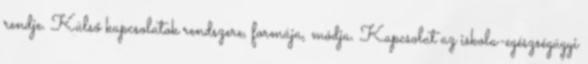
rendje. Külső kapcsolatok rendszere, formája, módja. Kapcsolat az iskola-egészségügyi